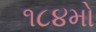
૧૮૪મો